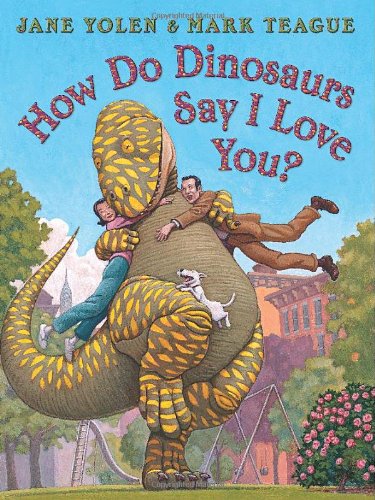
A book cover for How Do Dinosaurs Say I Love You?; Jane Yolen; Children's Books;